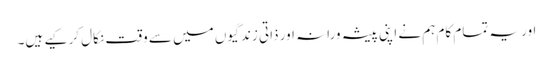
اور یہ تمام کام ہم نے اپنی پیشہ ورانہ اور ذاتی زندگیوں میں سے وقت نکال کر کیے ہیں۔